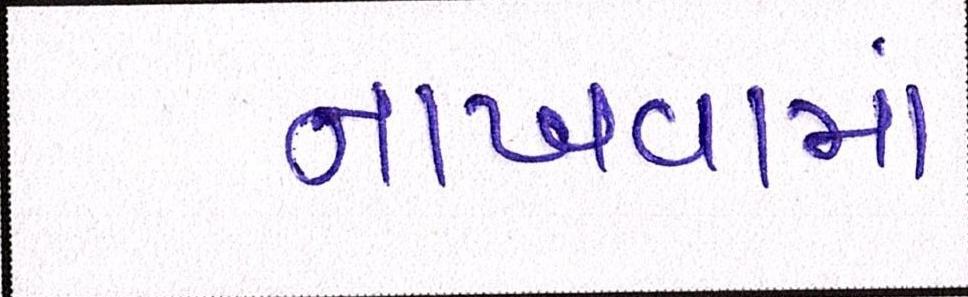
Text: નાખવામાં